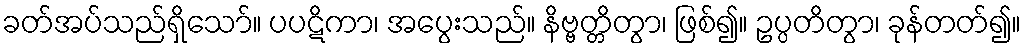
ခတ်အပ်သည်ရှိသော်။ ပပဋိကာ၊ အပွေးသည်။ နိဗ္ဗတ္တိတွာ၊ ဖြစ်၍။ ဥပ္ပတိတွာ၊ ခုန်တတ်၍။